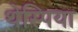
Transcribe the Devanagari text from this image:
थेस्पिया